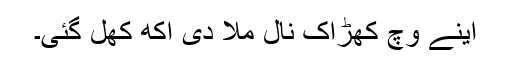
اینے وچ کھڑاک نال مُلا دی اکھ کھل گئی۔